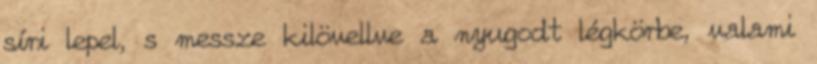
síri lepel, s messze kilövellve a nyugodt légkörbe, valami